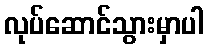
လုပ်ဆောင်သွားမှာပါ